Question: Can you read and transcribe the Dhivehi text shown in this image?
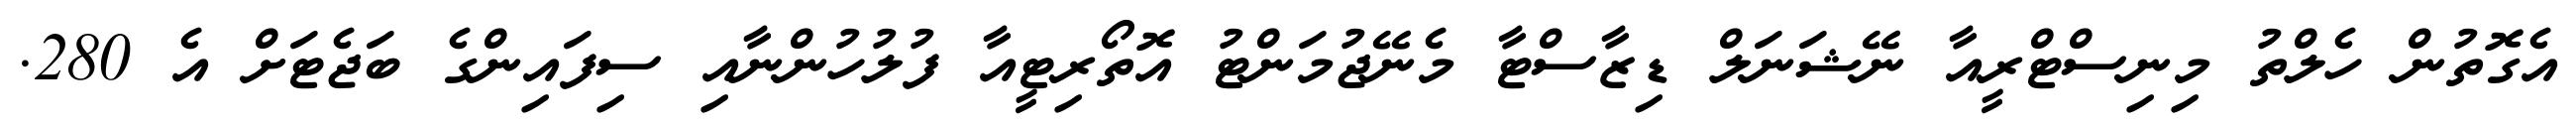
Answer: އެގޮތުން ހެލްތު މިނިސްޓްރީއާ ނޭޝަނަލް ޑިޒާސްޓާ މެނޭޖުމަންޓު އޮތޯރިޓީއާ ފުލުހުންނާއި ސިފައިންގެ ބަޖެޓަށް އެ 280.